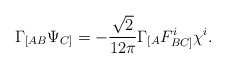
\begin{align*}\Gamma_{[AB}\Psi_{C]} = - \frac{\sqrt{2}}{12 \pi}\Gamma_{[A}F_{BC]}^i\chi^i.\end{align*}